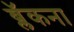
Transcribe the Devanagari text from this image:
ब्लॅकना